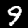
Label: 9